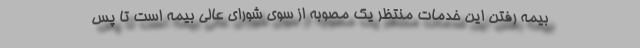
بیمه رفتن این خدمات منتظر یک مصوبه از سوی شورای عالی بیمه است تا پس